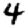
Digit: 4